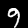
Digit: 9